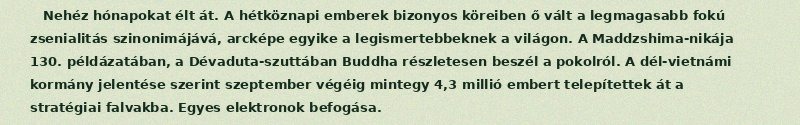
Nehéz hónapokat élt át. A hétköznapi emberek bizonyos köreiben ő vált a legmagasabb fokú zsenialitás szinonimájává, arcképe egyike a legismertebbeknek a világon. A Maddzshima-nikája 130. példázatában, a Dévaduta-szuttában Buddha részletesen beszél a pokolról. A dél-vietnámi kormány jelentése szerint szeptember végéig mintegy 4,3 millió embert telepítettek át a stratégiai falvakba. Egyes elektronok befogása.